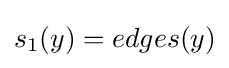
s_{1}(y)=edges(y)